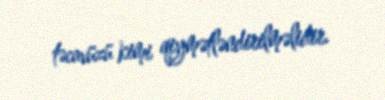
təcavüzü kimi qiymətləndirilməlidir.